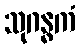
သုဂန္ဓကံ